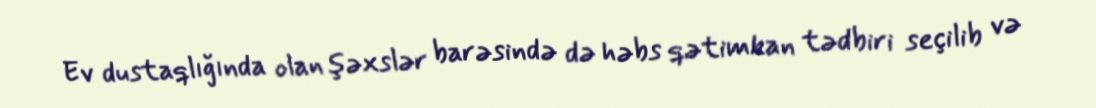
Ev dustaqlığında olan şəxslər barəsində də həbs qətimkan tədbiri seçilib və